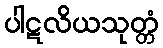
ပါဋလိယသုတ္တံ